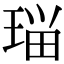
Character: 𭹗